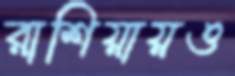
রাশিয়ায়ও